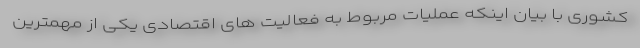
کشوری با بیان اینکه عملیات مربوط به فعالیت های اقتصادی یکی از مهمترین